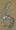
Text: 6